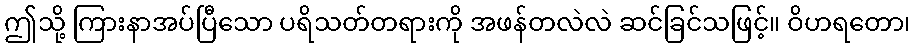
ဤသို့ ကြားနာအပ်ပြီသော ပရိသတ်တရားကို အဖန်တလဲလဲ ဆင်ခြင်သဖြင့်။ ဝိဟရတော၊